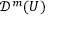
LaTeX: { \mathcal { D } } ^ { m } ( U )